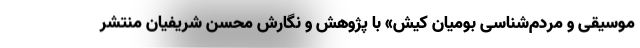
موسیقی و مردم‌شناسی بومیان کیش» با پژوهش و نگارش محسن شریفیان منتشر